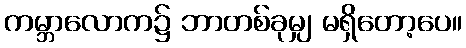
ကမ္ဘာလောက၌ ဘာတစ်ခုမျှ မရှိတော့ပေ။